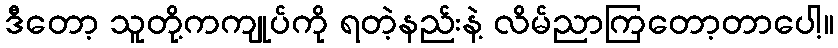
ဒီတော့ သူတို့ကကျုပ်ကို ရတဲ့နည်းနဲ့ လိမ်ညာကြတော့တာပေါ့။